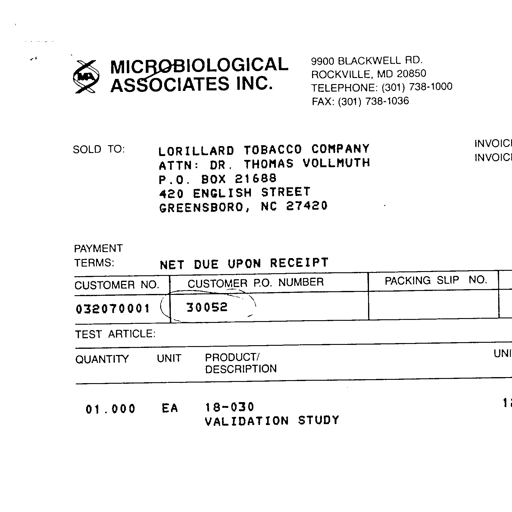
MICROBIOLOGICAL ASSOCIATES INC.
9900 BLACKWELL RD.
ROCKVILLE, MD 20850
TELEPHONE: (301) 738-1000
FAX: (301) 738-1036
SOLD TO: LORILLARD TOBACCO COMPANY
ATTN: DR. THOMAS VOLLMUTH
P.O. BOX 21688
420 ENGLISH STREET
GREENSBORO, NC 27420
PAYMENT
TERMS: NET DUE UPON RECEIPT
CUSTOMER NO. CUSTOMER P.O. NUMBER PACKING SLIP NO.
032070001 30052
TEST ARTICLE:
QUANTITY UNIT PRODUCT/ DESCRIPTION
01.000 EA 18-030 VALIDATION STUDY